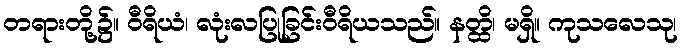
တရားတို့၌။ ဝီရိယံ၊ လုံးလပြုခြင်းဝီရိယသည်။ နတ္ထိ၊ မရှိ။ ကုသလေသု၊